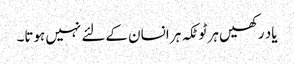
یاد رکھیں ہر ٹوٹکہ ہر انسان کےلئے نہیں ہوتا۔